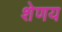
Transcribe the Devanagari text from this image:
शेणय